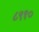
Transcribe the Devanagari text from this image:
८९१०